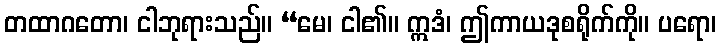
တထာဂတော၊ ငါဘုရားသည်။ “မေ၊ ငါ၏။ ဣဒံ၊ ဤကာယဒုစရိုက်ကို။ ပရော၊